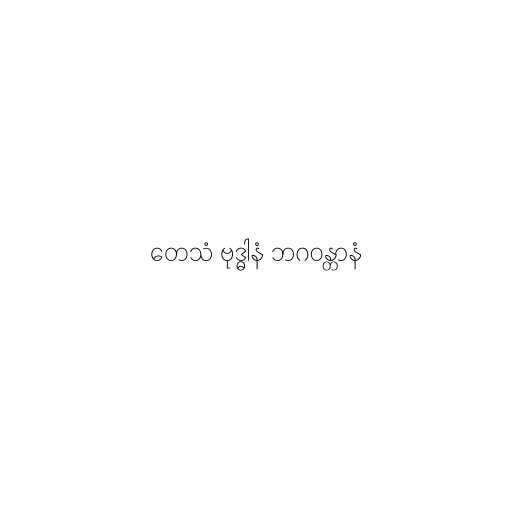
တေသံ ဗုဒ္ဓါနံ ဘဂဝန္တာနံ